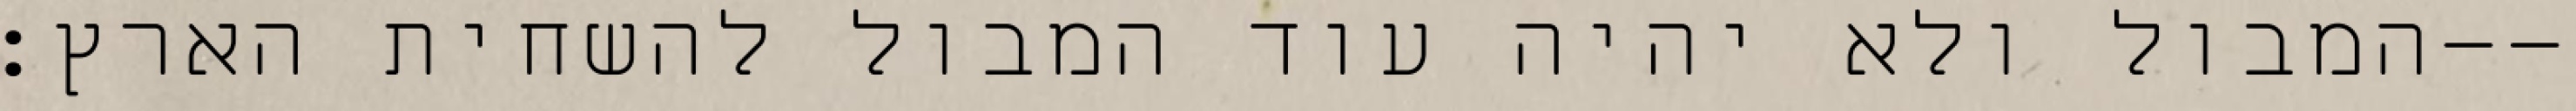
המבול ולא יהיה עוד המבול להשחית הארץ׃--